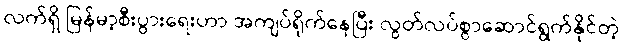
လက်ရှိ မြန်မာ့စီးပွားရေးဟာ အကျပ်ရိုက်နေပြီး လွတ်လပ်စွာဆောင်ရွက်နိုင်တဲ့